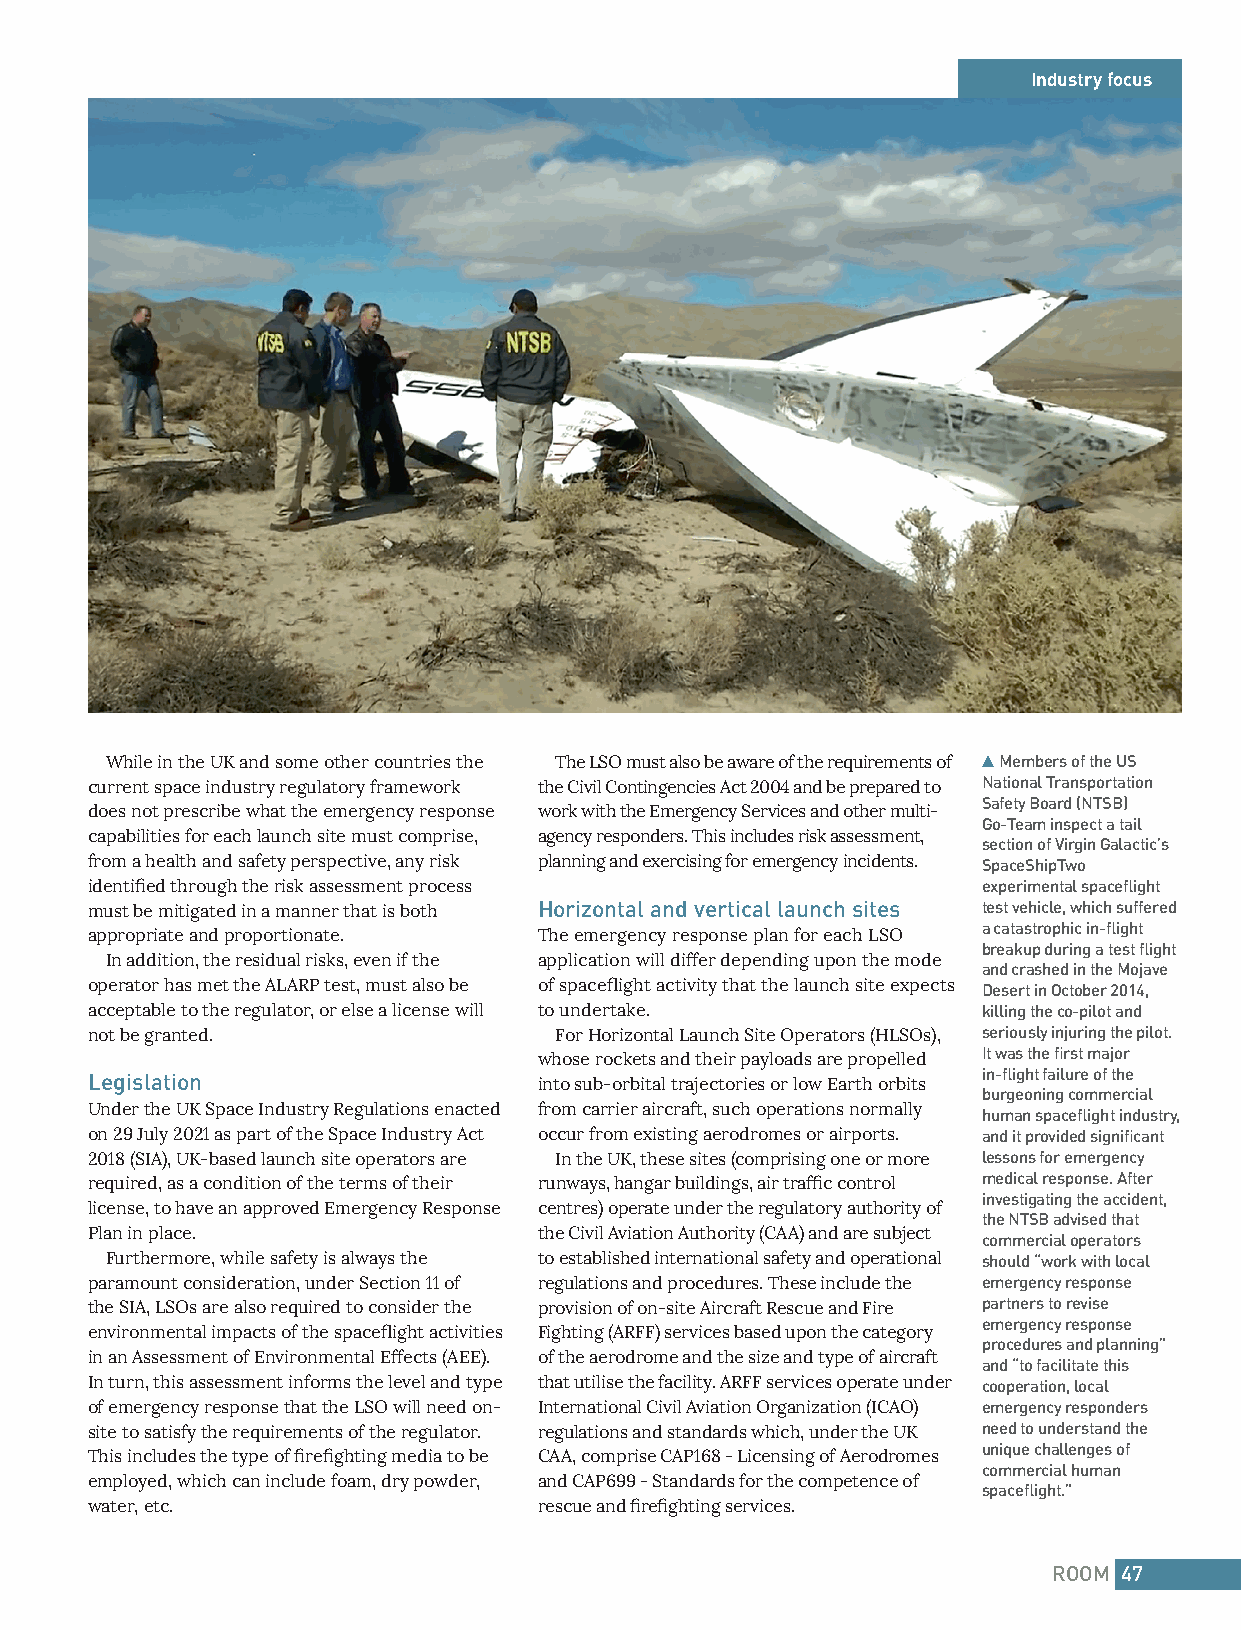
Industry focus
 While in the UK and some other countries the The LSO must also be aware of the requirements of Members of the US
 current space industry regulatory framework the Civil Contingencies Act 2004 and be prepared to National Transportation
 Safety Board (NTSB)
 does not prescribe what the emergency response work with the Emergency Services and other multi-
 Go-Team inspect a tail
 capabilities for each launch site must comprise, agency responders. This includes risk assessment,
 section of Virgin Galactic’s
 from a health and safety perspective, any risk planning and exercising for emergency incidents. SpaceShipTwo
 identified through the risk assessment process             experimental spaceflight
 must be mitigated in a manner that is both Horizontal and vertical launch sites test vehicle, which suffered
 a catastrophic in-flight
 appropriate and proportionate. The emergency response plan for each LSO
 breakup during a test flight
 In addition, the residual risks, even if the application will differ depending upon the mode
 and crashed in the Mojave
 operator has met the ALARP test, must also be of spaceflight activity that the launch site expects Desert in October 2014,
 acceptable to the regulator, or else a license will to undertake. killing the co-pilot and
 not be granted.                For Horizontal Launch Site Operators (HLSOs), seriously injuring the pilot.
 It was the first major
 whose rockets and their payloads are propelled
 Legislation                   into sub-orbital trajectories or low Earth orbits in-flight failure of the
 burgeoning commercial
 Under the UK Space Industry Regulations enacted from carrier aircraft, such operations normally
 human spaceflight industry,
 on 29 July 2021 as part of the Space Industry Act occur from existing aerodromes or airports. and it provided significant
 2018 (SIA), UK-based launch site operators are In the UK, these sites (comprising one or more lessons for emergency
 required, as a condition of the terms of their runways, hangar buildings, air traffic control medical response. After
 investigating the accident,
 license, to have an approved Emergency Response centres) operate under the regulatory authority of
 the NTSB advised that
 Plan in place.                the Civil Aviation Authority (CAA) and are subject
 commercial operators
 Furthermore, while safety is always the to established international safety and operational should “work with local
 paramount consideration, under Section 11 of regulations and procedures. These include the emergency response
 the SIA, LSOs are also required to consider the provision of on-site Aircraft Rescue and Fire partners to revise
 emergency response
 environmental impacts of the spaceflight activities Fighting (ARFF) services based upon the category
 procedures and planning”
 in an Assessment of Environmental Effects (AEE). of the aerodrome and the size and type of aircraft
 and “to facilitate this
 In turn, this assessment informs the level and type that utilise the facility. ARFF services operate under cooperation, local
 of emergency response that the LSO will need on- International Civil Aviation Organization (ICAO) emergency responders
 site to satisfy the requirements of the regulator. regulations and standards which, under the UK need to understand the
 unique challenges of
 This includes the type of firefighting media to be CAA, comprise CAP168 - Licensing of Aerodromes
 commercial human
 employed, which can include foam, dry powder, and CAP699 - Standards for the competence of
 spaceflight.”
 water, etc.                   rescue and firefighting services.
 ROOM 47